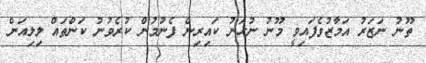
ތޫނު ނަޒަރު އަމާޒުވެފައިވީ މޫނު ނުހަނު ކައިރިން ފެނުމުން ކުރެވުނު ކަންތައް ލިލިއަން